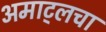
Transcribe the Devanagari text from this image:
अमाट्लचा